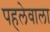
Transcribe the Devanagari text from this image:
पहलेवाला